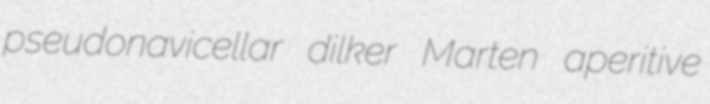
pseudonavicellar dilker Marten aperitive